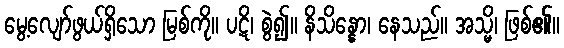
မွေ့လျော်ဖွယ်ရှိသော မြစ်ကို။ ပဋိ၊ စွဲ၍။ နိသိန္နော၊ နေသည်။ အသ္မိ၊ ဖြစ်၏။